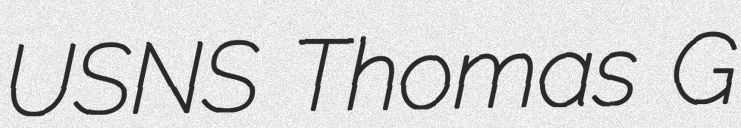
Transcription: USNS Thomas G